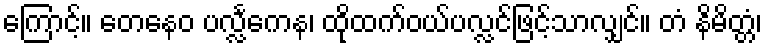
ကြောင့်။ တေနေဝ ပလ္လင်္ကေန၊ ထိုထက်ဝယ်ပလ္လင်ဖြင့်သာလျှင်။ တံ နိမိတ္တံ၊